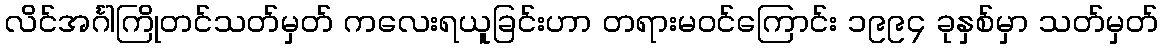
လိင်အင်္ဂါကြိုတင်သတ်မှတ် ကလေးရယူခြင်းဟာ တရားမဝင်ကြောင်း ၁၉၉၄ ခုနှစ်မှာ သတ်မှတ်